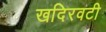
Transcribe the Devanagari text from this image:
खदिरवटी